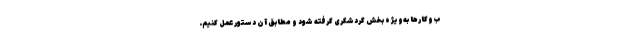
ب‌وکارها به‌ویژه بخش گردشگری گرفته شود و مطابق آن دستور عمل کنیم.